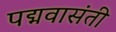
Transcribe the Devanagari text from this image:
पद्मवासंती